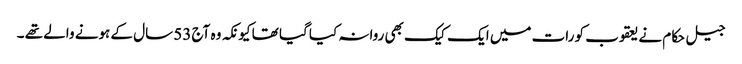
جیل حکام نے یعقوب کو رات میں ایک کیک بھی روانہ کیا گیا تھا کیونکہ وہ آج 53 سال کے ہونے والے تھے ۔